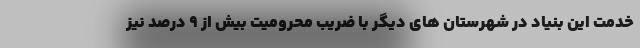
خدمت این بنیاد در شهرستان های دیگر با ضریب محرومیت بیش از ۹ درصد نیز